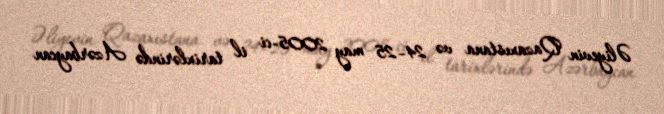
Əliyevin Qazaxıstana və 24–25 may 2005-ci il tarixlərində Azərbaycan